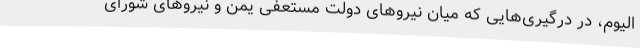
الیوم، در درگیری‌هایی که میان نیروهای دولت مستعفی یمن و نیروهای شورای